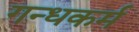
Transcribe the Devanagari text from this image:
गन्धकर्म